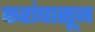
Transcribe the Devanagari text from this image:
करांपासून